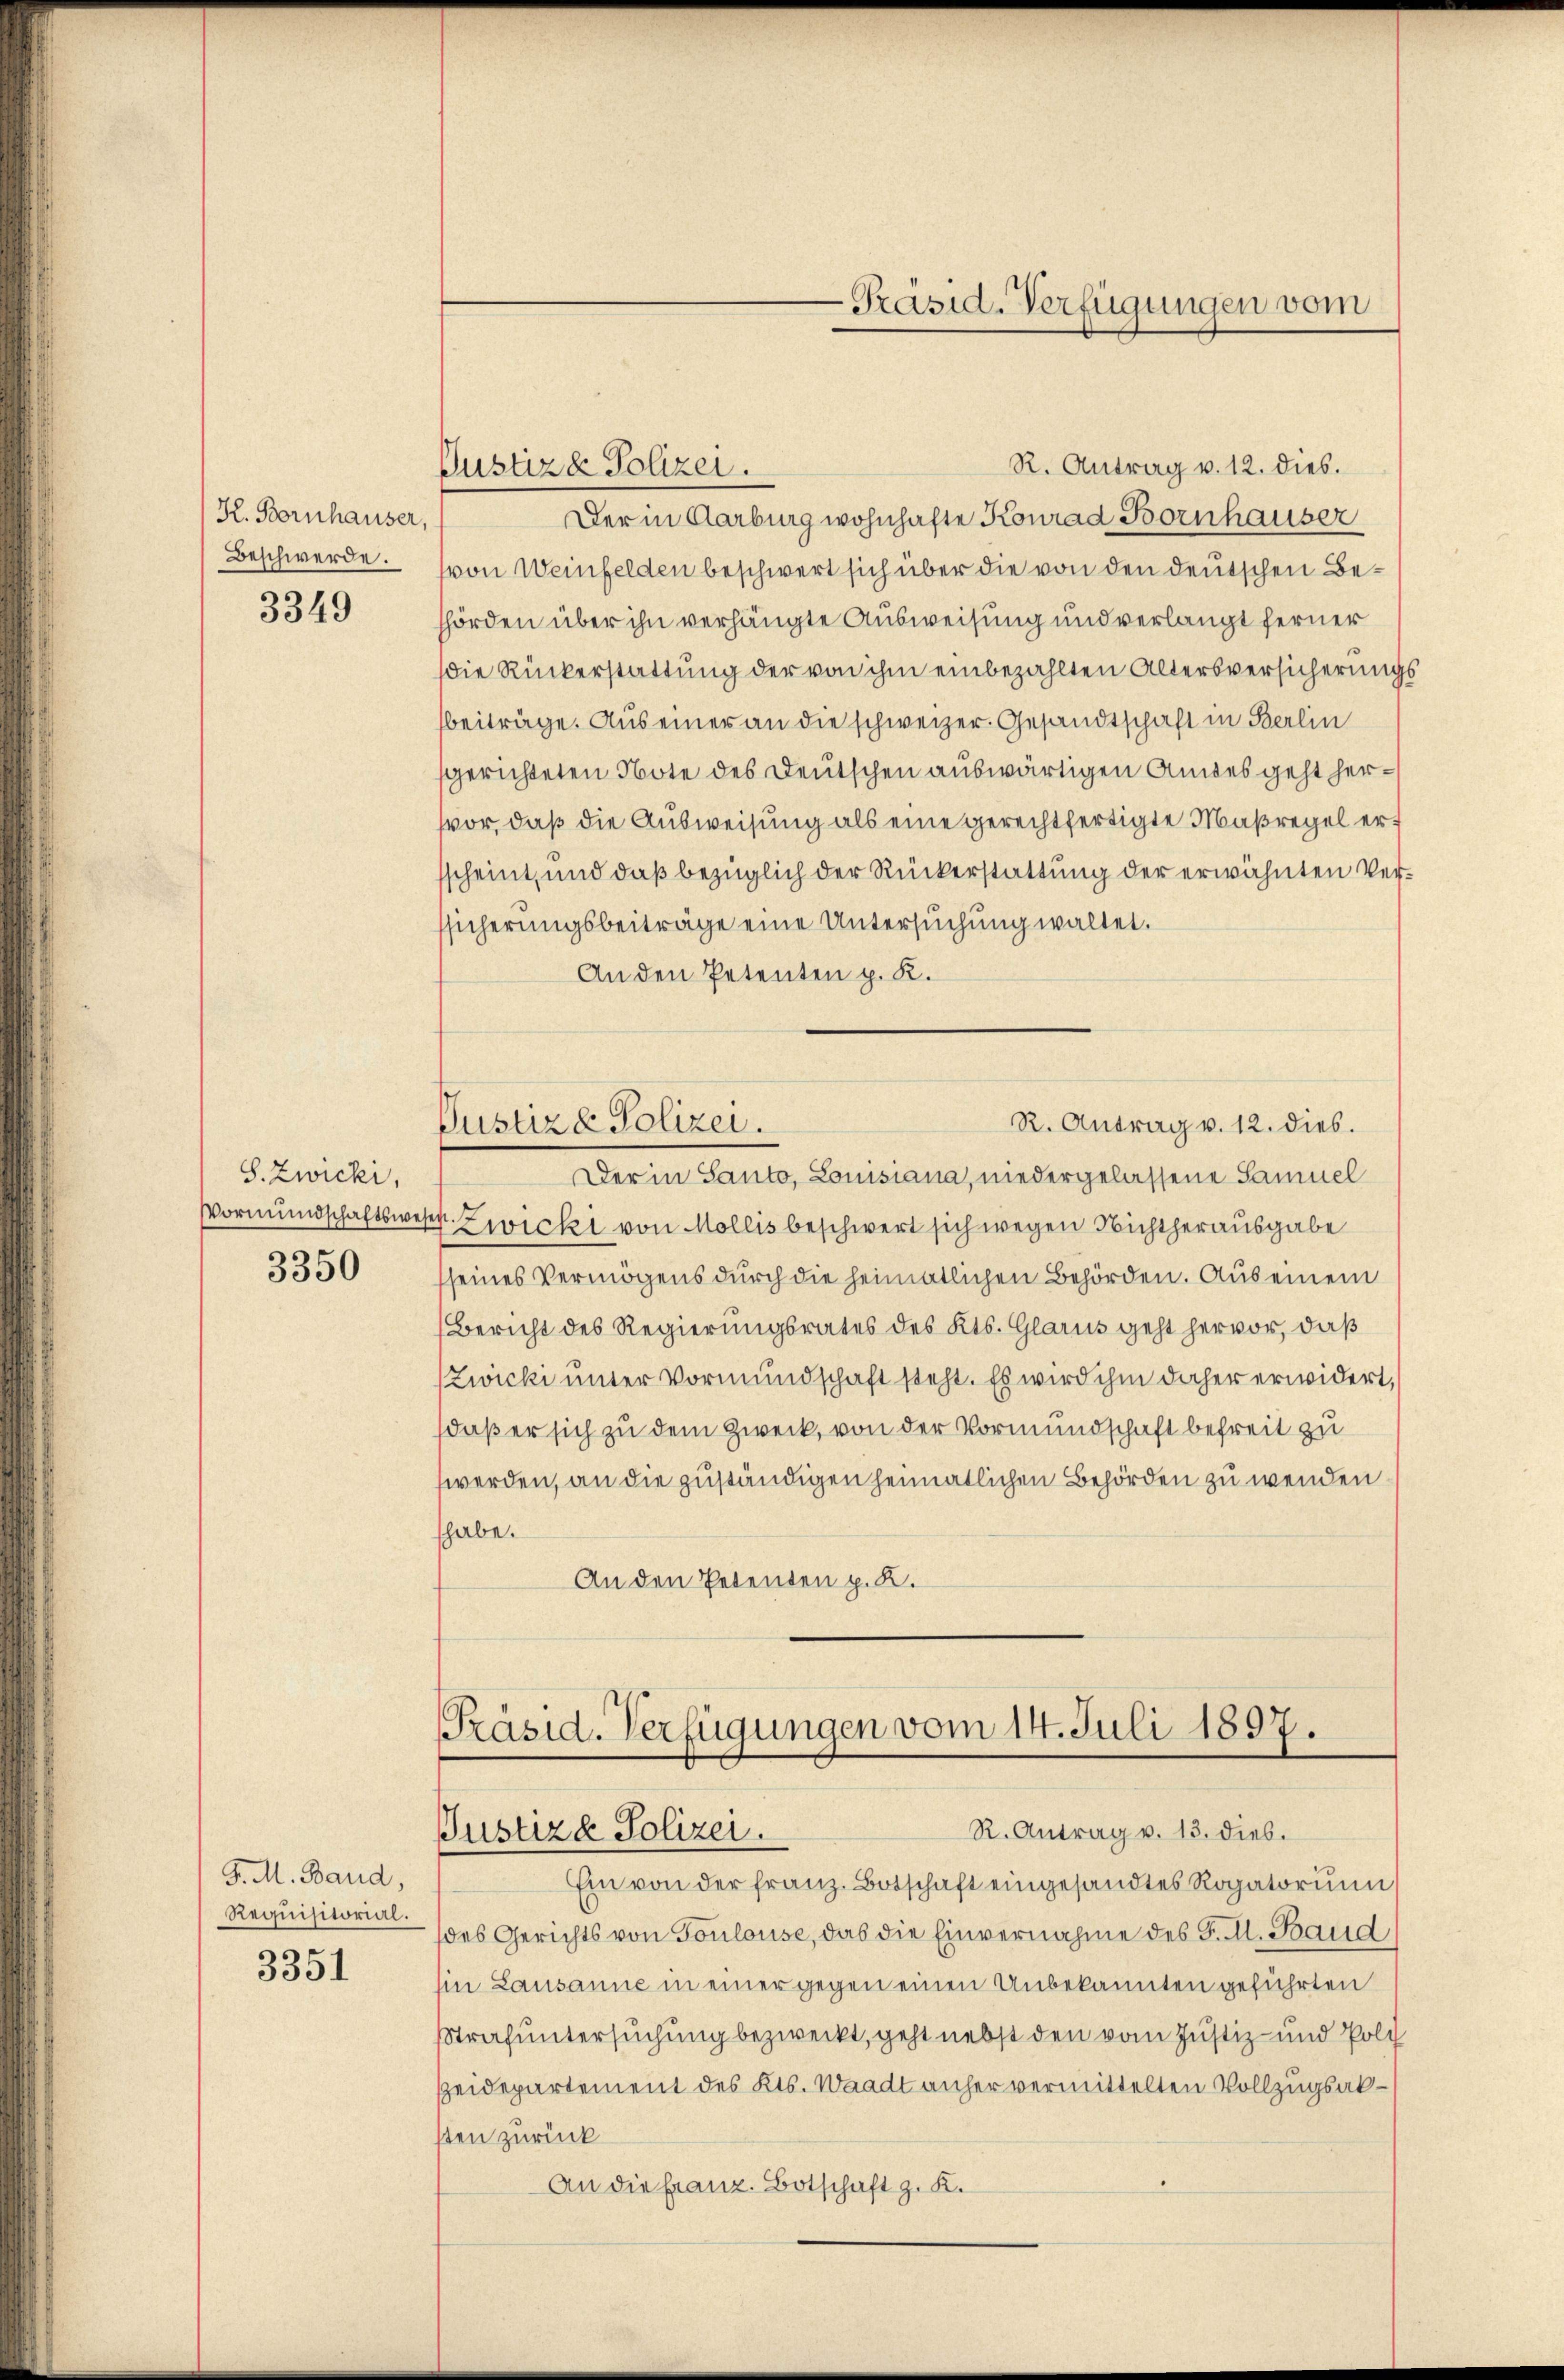
K. Bornhauser,
Beschwerde.

3349

S. Zwicki,

3350

J. M. Baud,
Requisitorial.
3351

R. Antrag v. 12. dies.
Der in Aarburg wohnhafte Konrad Bornhauser
(von Weinfelden beschwert sich über die von den deutschen Behörden über ihn verhängte Ausweisung und verlangt ferner
die Rückerstattung der von ihm einbezahlten Altersversicherungsbeiträge. Aus einer an die schweizer. Gesandtschaft in Berlin
sgerichteten Note des Deutschen auswärtigen Andes geht hervor, daß die Ausweisung als eine gerechtfertigte Maßregel ersscheint, und daß bezüglich der Rückerstattung der erwähnten Versicherungsbeiträge eine Untersuchung waltet.
An den Petenten p. K.
R. Antrag v. 12. dies.
Justiz & Polizei.
Der in Santo, Louisiana, niedergelassene Samuel
Vormundschaftsweser Zwicki von Mollis beschwert sich wegen Nichtherausgabe
seines Vermögens durch die heimatlichen Behörden. Aus einem
Bericht des Regierungsrates des Kts. Glarus geht hervor, daß
Zwicki unter Vormundschaft steht. Es wird ihm daher erwidert,
daß er sich zu dem Zweck, von der Vormundschaft befreit zu
werden, an die zuständigen heimatlichen Behörden zu wenden
habe.
An den Petenten p. K.

Pustiz & Polizei.

-Präsid. Verfügungen vom

Präsid. Verfügungen vom 14. Juli 1897.
R. Antrag v. 13. dieb.
Justizd Polizei.

Ein von der franz. Botschaft eingesandtes Rogatorium
des Gerichts von Toulouse, das die Einvernahme des P. M. Baud
in Lausanne in einer gegen einen Unbekannten geführten
Strafuntersuchung bezweckt, geht nebst den vom Justiz- und Poli
Heidepartement des Kts. Waadt anher vermittelten Vollzugsaksten zurück
An die Franz. Botschaft z. K.